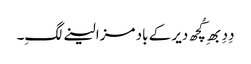
دِدِ بھِ کُچھ دیر کے باد مزا لینے لگِ۔